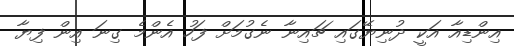
އިންޑިއާ އަކީ ދުނިޔޭގައި ޗައިނާ ނެގުމަށް ފަހު އެންމެ ގިނަ އިން ފިޔާ